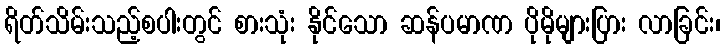
ရိတ်သိမ်းသည့်စပါးတွင် စားသုံး နိုင်သော ဆန်ပမာဏ ပိုမိုများပြား လာခြင်း၊